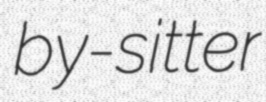
by-sitter